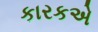
કારકએ